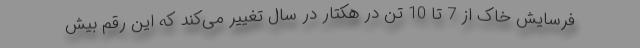
فرسایش خاک از 7 تا 10 تن در هکتار در سال تغییر می‌کند که این رقم بیش